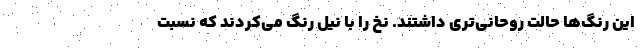
این رنگ‌ها حالت روحانی‌تری داشتند. نخ را با نیل رنگ می‌کردند که نسبت